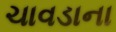
ચાવડાના